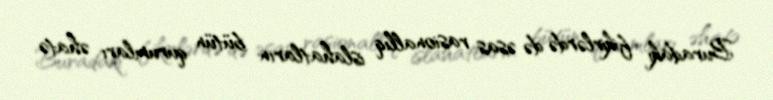
Buradakı fikirlərdə də əsas rasionallıq islahatların bütün qurumları əhatə